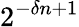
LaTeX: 2^{-\delta n+1}